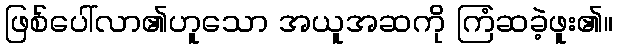
ဖြစ်ပေါ်လာ၏ဟူသော အယူအဆကို ကြံဆခဲ့ဖူး၏။